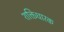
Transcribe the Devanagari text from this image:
शक्तिधारक